Report on the nature of kala-azar
Disease focus: Kala-Azar
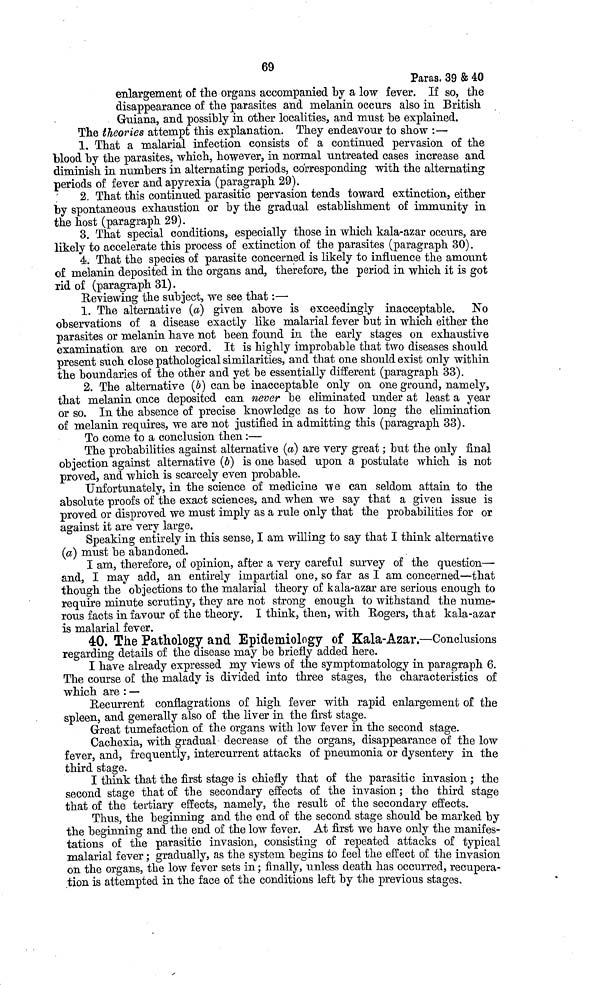
69
Paras. 39 & 40
enlargement of the organs accompanied by a low fever. If so, the
disappearance of the parasites and melanin occurs also in British
Guiana, and possibly in other localities, and must be explained.
The theories attempt this explanation. They endeavour to show :—
1. That a malarial infection consists of a continued pervasion of the
blood by the parasites, which, however, in normal untreated cases increase and
diminish in numbers in alternating periods, corresponding with the alternating
periods of fever and apyrexia (paragraph 29).
2. That this continued parasitic pervasion tends toward extinction, either
by spontaneous exhaustion or by the gradual establishment of immunity in
the host (paragraph 29).
3. That special conditions, especially those in which kala-azar occurs, are
likely to accelerate this process of extinction of the parasites (paragraph 30).
4. That the species of parasite concerned is likely to influence the amount
of melanin deposited in the organs and, therefore, the period in which it is got
rid of (paragraph 31).
Reviewing the subject, we see that :—
1. The alternative (a) given above is exceedingly inacceptable. No
observations of a disease exactly like malarial fever but in which either the
parasites or melanin have not been found in the early stages on exhaustive
examination are on record. It is highly improbable that two diseases should
present such close pathological similarities, and that one should exist only within
the boundaries of the other and yet be essentially different (paragraph 33).
2. The alternative (b) can be inacceptable only on one ground, namely,
that melanin once deposited can never be eliminated under at least a year
or so. In the absence of precise knowledge as to how long the elimination
of melanin requires, we are not justified in admitting this (paragraph 33).
To come to a conclusion then :—
The probabilities against alternative (a) are very great ; but the only final
objection against alternative (b) is one based upon a postulate which is not
proved, and which is scarcely even probable.
Unfortunately, in the science of medicine we can seldom attain to the
absolute proofs of the exact sciences, and when we say that a given issue is
proved or disproved we must imply as a rule only that the probabilities for or
against it are very large.
Speaking entirely in this sense, I am willing to say that I think alternative
(a) must be abandoned.
I am, therefore, of opinion, after a very careful survey of the question—
and, I may add, an entirely impartial one, so far as I am concerned—that
though the objections to the malarial theory of kala-azar are serious enough to
require minute scrutiny, they are not strong enough to withstand the nume-
rous facts in favour of the theory. I think, then, with Rogers, that kala-azar
is malarial fever.
40. The Pathology and Epidemiology of Kala-Azar.—Conclusions
regarding details of the disease may be briefly added here.
I have already expressed my views of the symptomatology in paragraph 6.
The course of the malady is divided into three stages, the characteristics of
which are : —
Recurrent conflagrations of high fever with rapid enlargement of the
spleen, and generally also of the liver in the first stage.
Great tumefaction of the organs with low fever in the second stage.
Cachexia, with gradual decrease of the organs, disappearance of the low
fever, and, frequently, intercurrent attacks of pneumonia or dysentery in the
third stage.
I think that the first stage is chiefly that of the parasitic invasion ; the
second stage that of the secondary effects of the invasion ; the third stage
that of the tertiary effects, namely, the result of the secondary effects.
Thus, the beginning and the end of the second stage should be marked by
the beginning and the end of the low fever. At first we have only the manifes-
tations of the parasitic invasion, consisting of repeated attacks of typical
malarial fever ; gradually, as the system begins to feel the effect of the invasion
on the organs, the low fever sets in ; finally, unless death has occurred, recupera-
tion is attempted in the face of the conditions left by the previous stages.